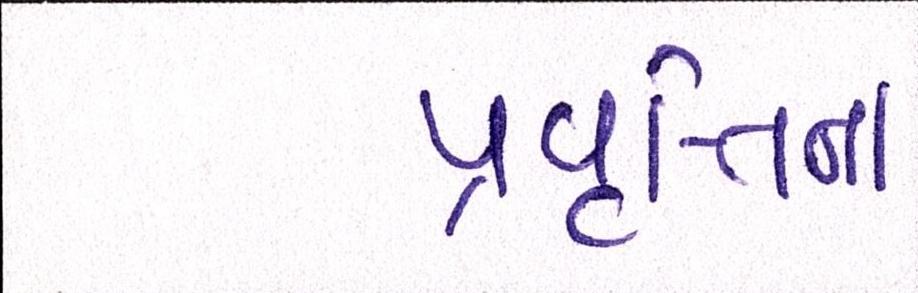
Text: પ્રવૃત્તિના